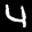
Label: 4